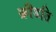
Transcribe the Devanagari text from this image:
क्रीडति